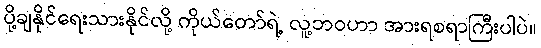
ပို့ချနိုင်ရေးသားနိုင်လို့ ကိုယ်တော်ရဲ့ လူ့ဘဝဟာ အားရစရာကြီးပါပဲ။